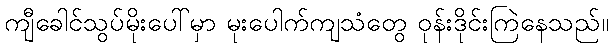
ကျီခေါင်သွပ်မိုးပေါ်မှာ မုးပေါက်ကျသံတွေ ဝုန်းဒိုင်းကြဲနေသည်။